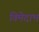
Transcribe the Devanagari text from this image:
विमेदाभ